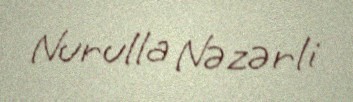
Nurulla Nəzərli